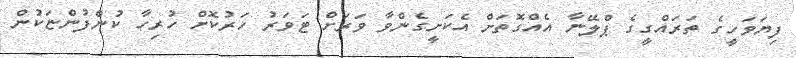
ފިޔަވަހީގެ ތަރައްގީގެ ޕްލޭނާ އެއްގޮތަށް އެކަށީގެންވާ ވަރަށް ޓަވަރު ހަރުކޮށް ހުރިހާ ކުންފުންޏަކުން